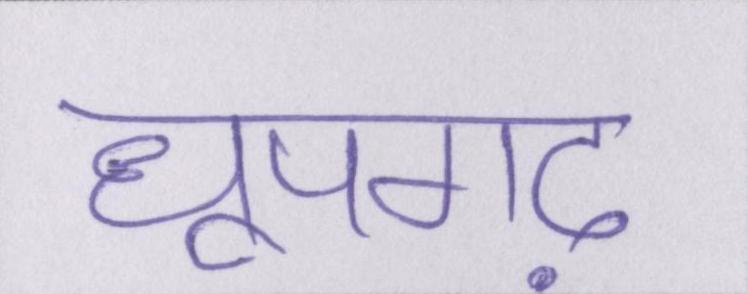
धूपगढ़